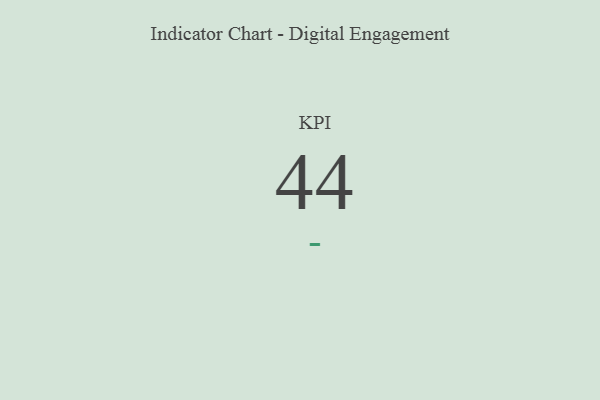
{"axis": {"x": "KPI", "y": "Value"}, "legend": [""], "data": [{"x": "KPI", "y": 44, "type": ""}]}